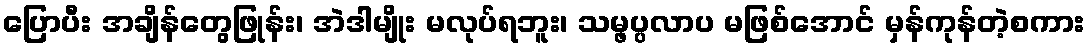
ပြောပီး အချိန်တွေဖြုန်း၊ အဲဒါမျိုး မလုပ်ရဘူး၊ သမ္ဖပ္ပလာပ မဖြစ်အောင် မှန်ကုန်တဲ့စကား